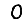
Digit: 0